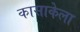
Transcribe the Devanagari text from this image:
कासाकेला